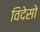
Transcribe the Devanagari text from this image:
विदेसो